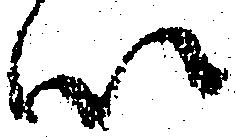
以